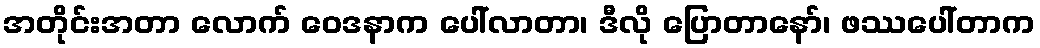
အတိုင်းအတာ လောက် ဝေဒနာက ပေါ်လာတာ၊ ဒီလို ပြောတာနော်၊ ဖဿပေါ်တာက